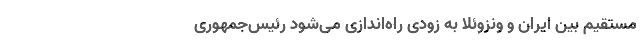
مستقیم بین ایران و ونزوئلا به زودی راه‌اندازی می‌شود رئیس‌جمهوری